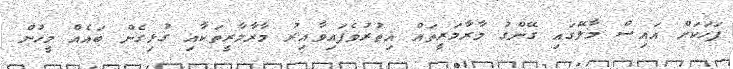
ފަހަކަށް އައިސް މާލޭގައި ގޭންގު މާރާމަރީތައް އިތުރުވެފައިވާއިރު މާރާމާރީތަކާއި ގުޅިގެން ބައެއް މީހުން